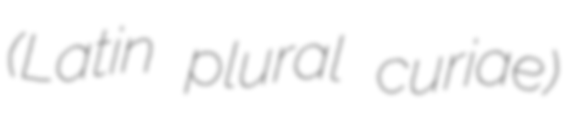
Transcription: (Latin plural curiae)